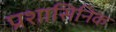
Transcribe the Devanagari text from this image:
प्रशासिनिक